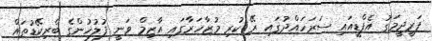
ފަރީދީމަގު އެފްޑީއައި ސަރަހައްދުގައި ރޭ ކުރި މުޒާހަރާގައި އާޒިމް ވަނީ ފުލުހުންގެ ބެރިކޭޑުތައް